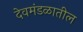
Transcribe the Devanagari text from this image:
देवमंडळातील